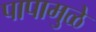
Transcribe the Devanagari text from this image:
पापामुळे